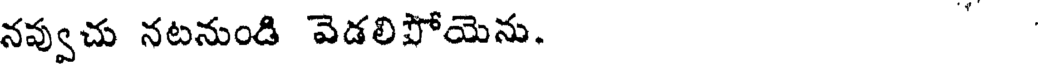
నవ్వుచు నటనుండి వెడలిపోయెను.